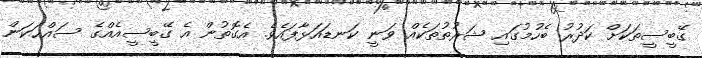
ގޭބީސީތަކަށް ކަދުރު ބެހުމުގައި ޝަރުތުތަކެއް ވަނީ ކަނޑައަޅާފައެވެ. އެގޮތުން އެ ގޭބީސީއެއްގެ ސައްޙަކަން